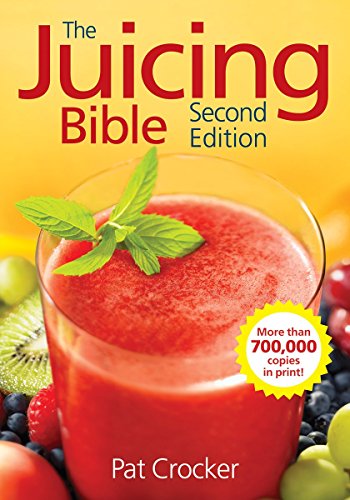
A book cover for The Juicing Bible; Pat Crocker; Cookbooks, Food & Wine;